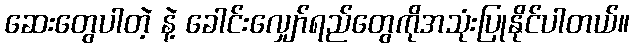
ဆေးတွေပါတဲ့ နဲ့ ခေါင်းလျှော်ရည်တွေကိုအသုံးပြုနိုင်ပါတယ်။